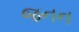
જનન